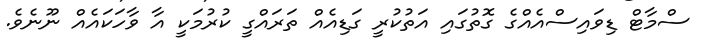
ސްމާާޓް ޑިވައިސްއެއްގެ ގޮތުގައި އަތުކުރީ ގަޑިއެއް ތަރައްގީ ކުރުމަކީ އާ ވާހަކައެއް ނޫނެވެ.